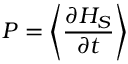
P = \left\langle { \frac { \partial H _ { S } } { \partial t } } \right\rangle